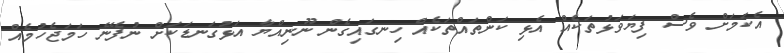
އެކަމަށް ވެސް ފިޔަވަޅުތަކެއް އެޅި ކަންތައްތަކެއް ހިނގައިގެން ނޫނިއްޔާ އަޅުގަނޑަކަށް ނުފެނޭ ހަމަޖެހުމެއް